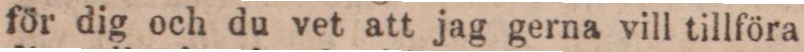
för dig och du vet att jag gerna vill tillföra